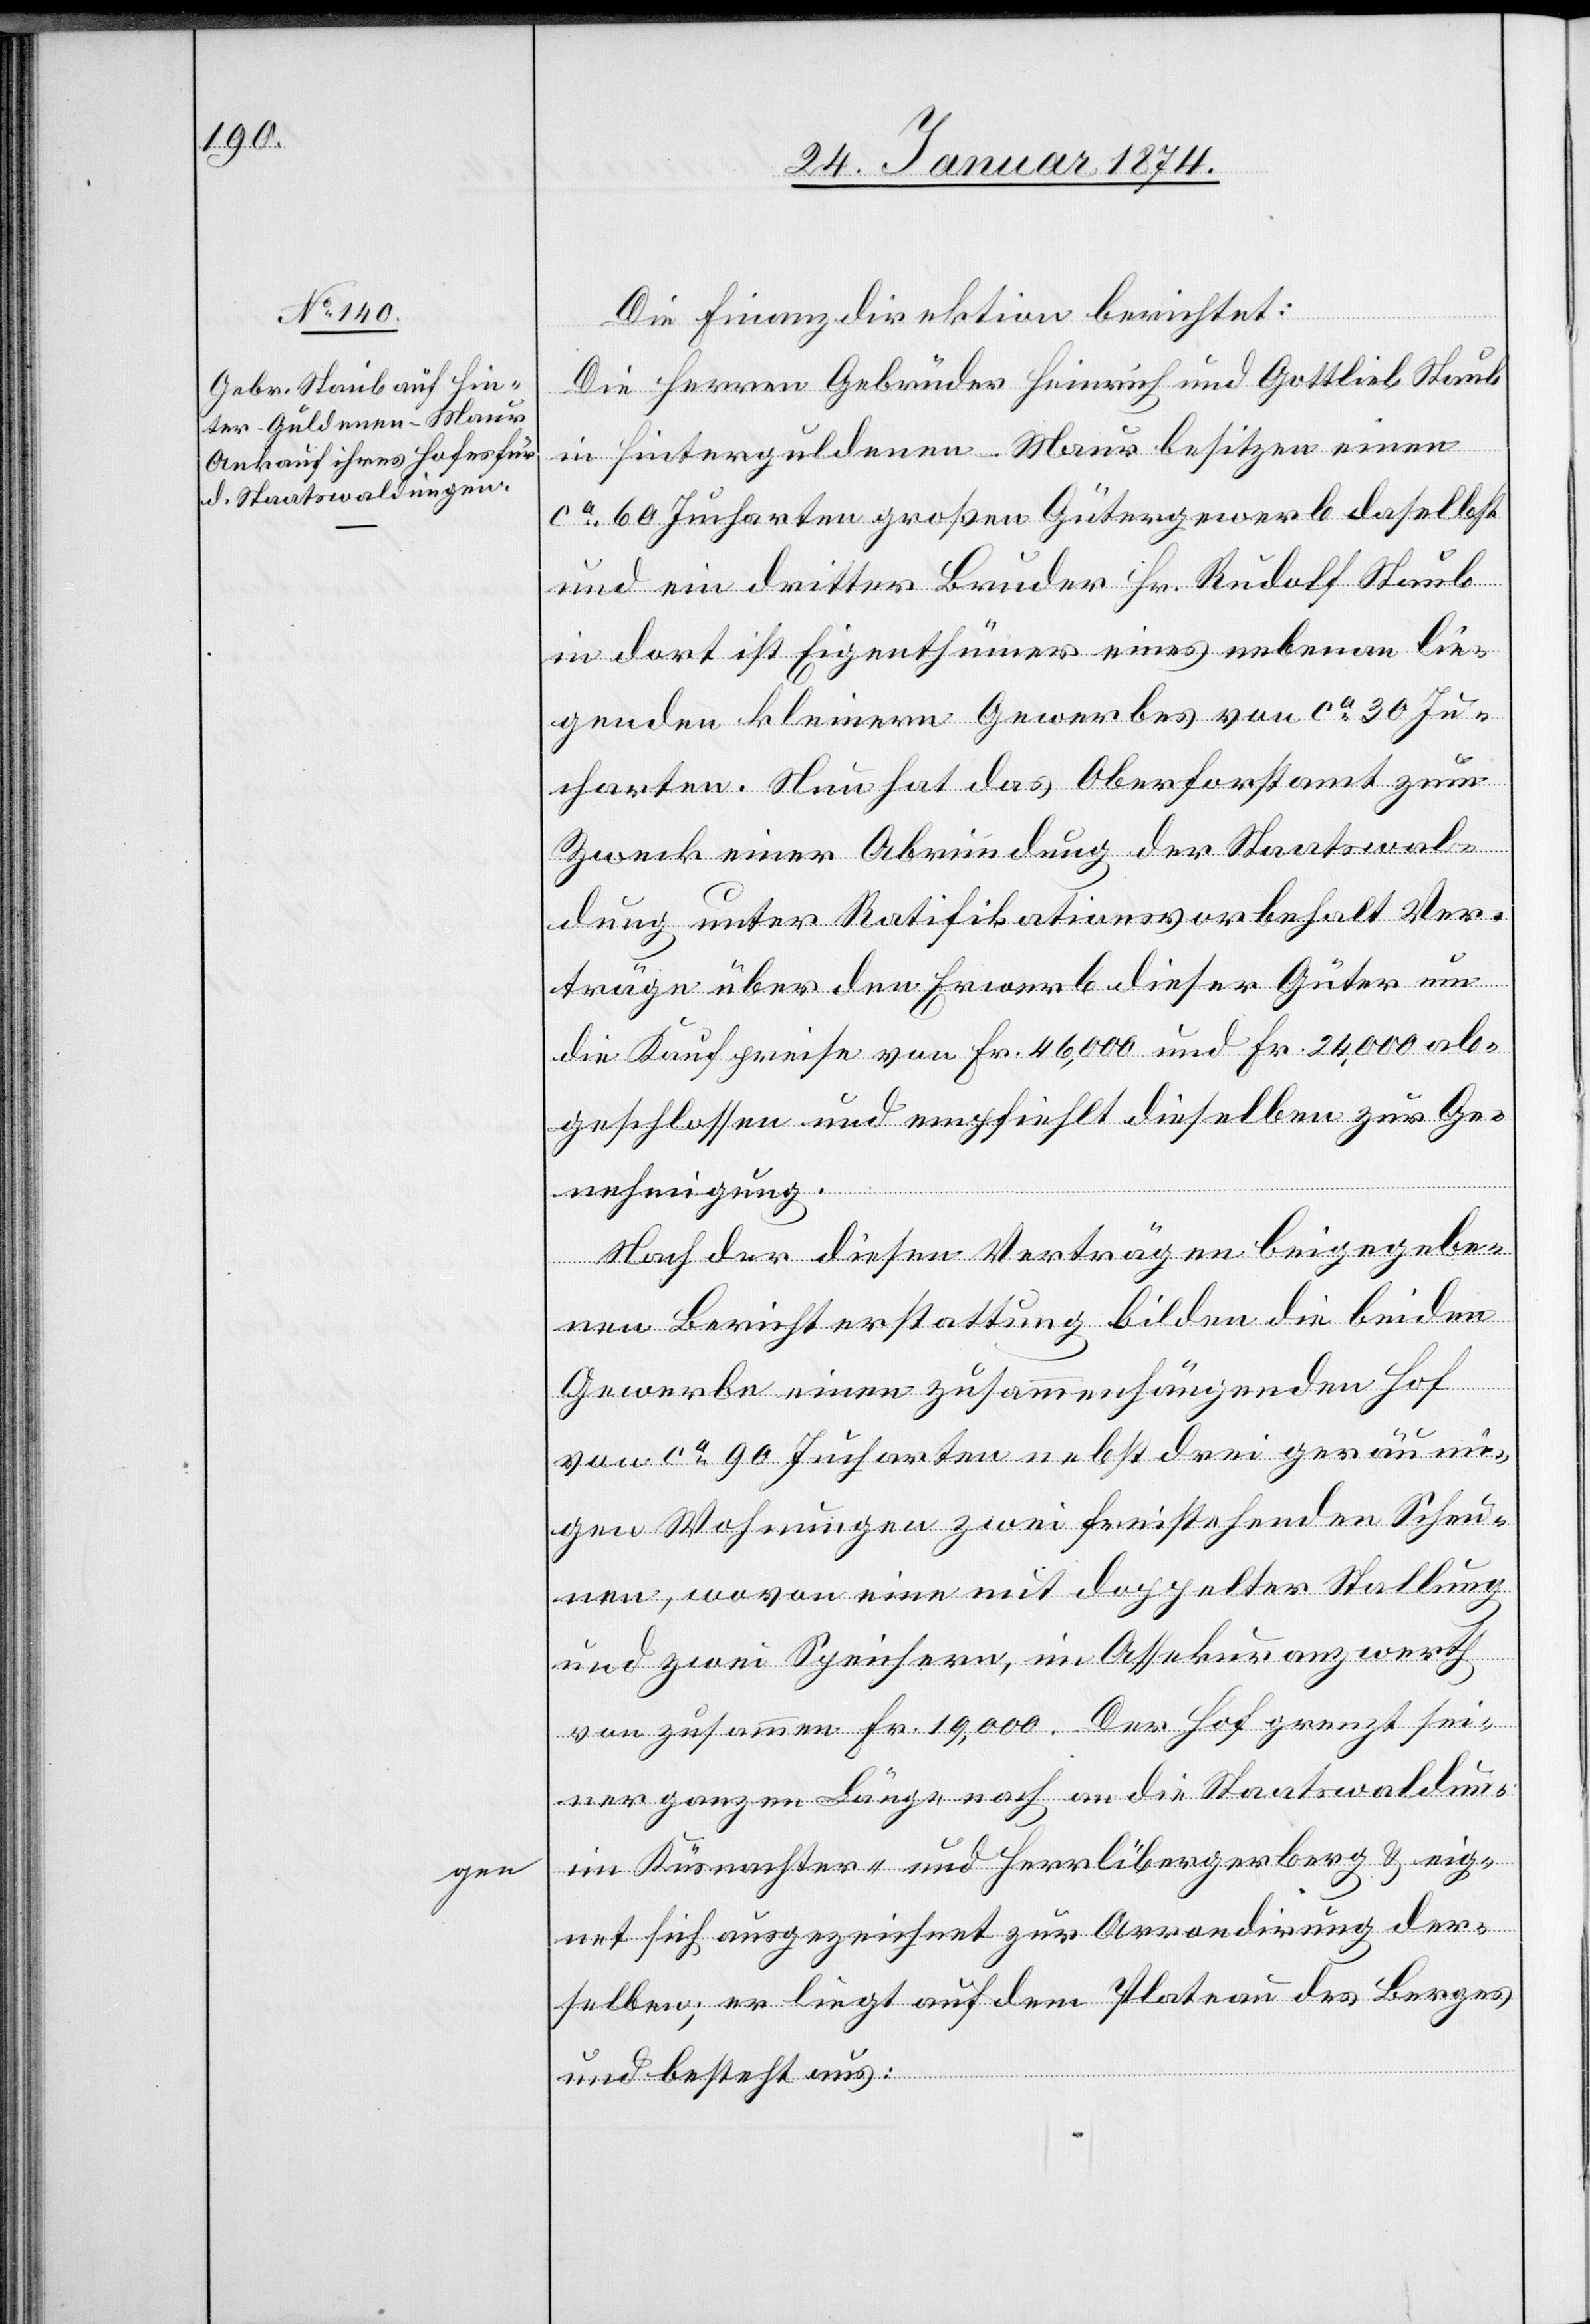
gen

Die Finanzdirektion berichtet:
Die Herren Gebrüder Heinrich und Gottlieb Staub
in Hinterguldenen - Maur [sic!] besitzen einen
ca. 60 Jucharten großen Gütergewerb daselbst
und ein dritter Bruder Hr. Rudolf Staub
in dort ist Eigenthümer eines nebenan lie¬
genden kleinern Gewerbes von ca. 30 Ju¬
charten. Neu hat das Oberforstamt zum
Zweck einer Abrundung der Staatswal¬
dung unter Ratifikationsvorbehalt Ver¬
träge über den Erwerb dieser Güter um
die Kaufpreise von Fr. 46,000 und Fr. 24,000 ab¬
geschlossen und empfiehlt dieselben zur Ge¬
nehmigung.
Nach der diesen Verträgen beigegebe¬
nen Berichterstattung bilden die beiden
Gewerbe einen zusammenhängenden Hof
von ca. 90 Jucharten nebst den geräumi¬
gen Wohnungen zwei freistehende Scheu¬
nen, wovon eine mit doppelter Stallung
und zwei Speichern, im Assekuranzwerth
von zusammen Fr. 19,000. Der Hof grenzt sei¬
ner ganzen Länge nach an die Staatswaldun¬
im Küsnachter- und Herrlibergerberg & eig¬
net sich ausgezeichnet zur Arrodirung der¬
selben; er liegt auf dem Plateau des Berges
und besteht aus: